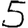
Digit: 5